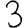
Digit: 3